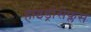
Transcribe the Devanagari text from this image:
हाइड्रोसेफ्लस